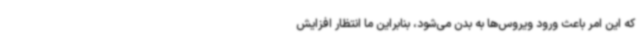
که این امر باعث ورود ویروس‌ها به بدن می‌شود، بنابراین ما انتظار افزایش